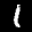
Label: 1